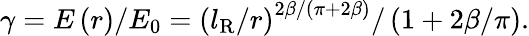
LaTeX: \gamma=E\left(r\right)/E_{0}=\left(l_{\mathrm{R}}/r\right)^{2\beta/\left(\pi+2\beta\right)}/\left(1+2\beta/\pi\right).